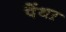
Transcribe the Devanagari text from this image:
पैंथऱ